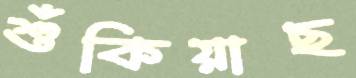
শুঁকিয়াছ